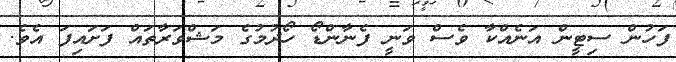
ފަހުން ސިޓީން އަނެއްކާ ވެސް ވަނީ ފެނާންޑޯ ހޯދުމުގެ މަޝްވަރާތައް ފަށައިފަ އެވެ.